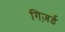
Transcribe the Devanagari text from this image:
गिज़र्ड